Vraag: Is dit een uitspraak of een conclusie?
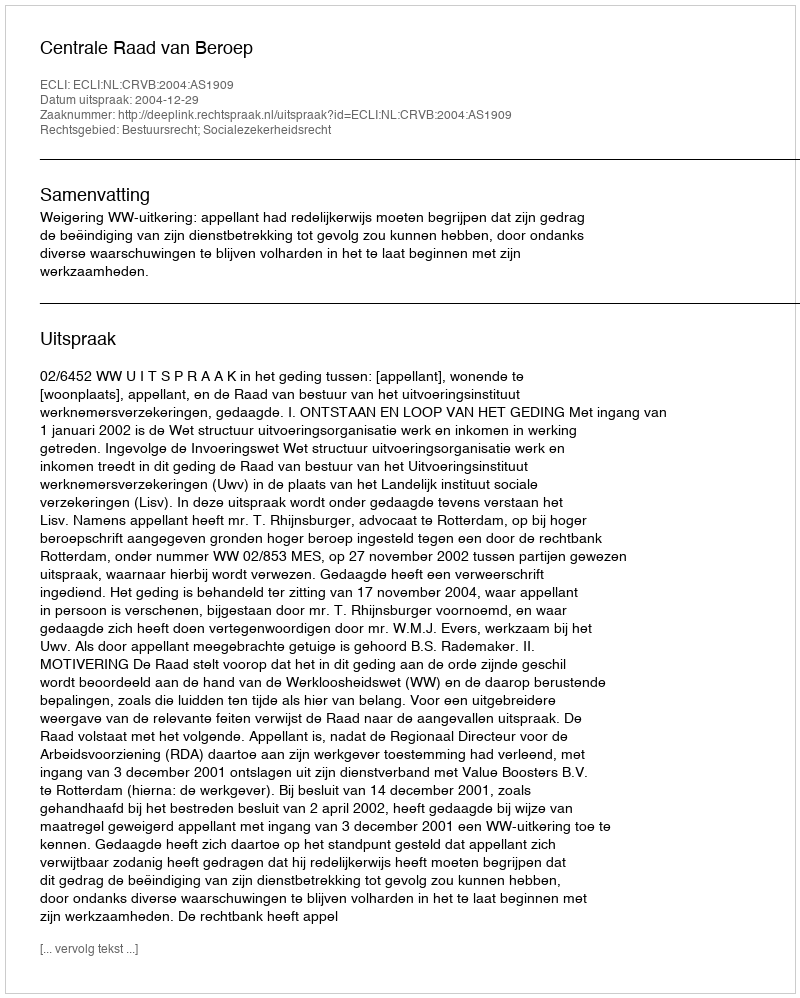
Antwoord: Uitspraak